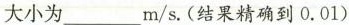
大小为___m/s.(结果精确到0.01)